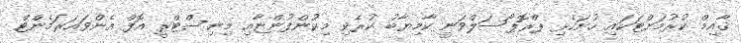
ޤާއިމް ކުރުމަށްޓަކައި ހުށަހެޅި ޕްރޮޕޯސަލްވަނީ ކާމިޔާބު ކުރެވި މިކުންފުންޏާއި މިނިސްޓްރީ އޮފް އެންވައަރަމެންޓް